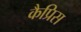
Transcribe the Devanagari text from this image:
कैप्रिस